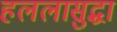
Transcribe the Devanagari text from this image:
हललासुद्धा